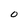
Character: O